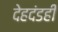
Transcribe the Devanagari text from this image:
देहदंडही